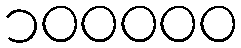
၁၀၀၀၀၀